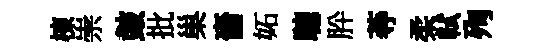
棟崇皷批巢嗇妬聴肸䓁柔軾殉